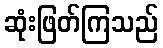
ဆုံးဖြတ်ကြသည်